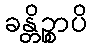
ခန္တိဉ္စာပိ